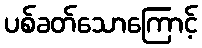
ပစ်ခတ်သောကြောင့်